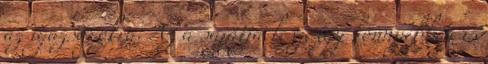
az igazságokra. Az a sajátja lesz, így könnyebben is